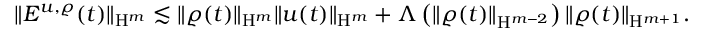
\begin{array} { r } { \Vert E ^ { u , \varrho } ( t ) \Vert _ { \mathrm { H } ^ { m } } \lesssim \Vert \varrho ( t ) \Vert _ { \mathrm { H } ^ { m } } \Vert u ( t ) \Vert _ { \mathrm { H } ^ { m } } + \Lambda \left( \Vert \varrho ( t ) \Vert _ { \mathrm { H } ^ { m - 2 } } \right) \Vert \varrho ( t ) \Vert _ { \mathrm { H } ^ { m + 1 } } . } \end{array}